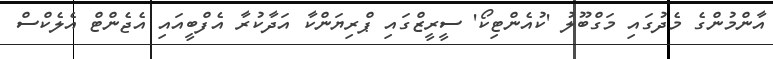
އާންމުންގެ މެދުގައި މަގްބޫލު 'ކުއެންޓިކޯ' ސީރީޒްގައި ޕްރިޔަންކާ އަދާކުރާ އެފްބީއައި އެޖެންޓް އެލެކްސް